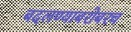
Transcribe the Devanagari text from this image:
बदलण्याबरोबरच